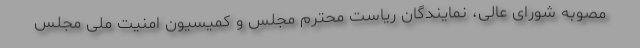
مصوبه شورای عالی، نمایندگان ریاست محترم مجلس و کمیسیون امنیت ملی مجلس